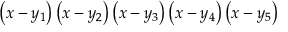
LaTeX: \left( x - y _ { 1 } \right) \left( x - y _ { 2 } \right) \left( x - y _ { 3 } \right) \left( x - y _ { 4 } \right) \left( x - y _ { 5 } \right)